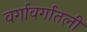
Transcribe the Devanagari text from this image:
वर्गावर्गातली